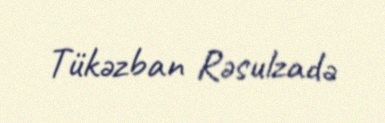
Tükəzban Rəsulzadə